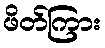
ဖိတ်ကြား